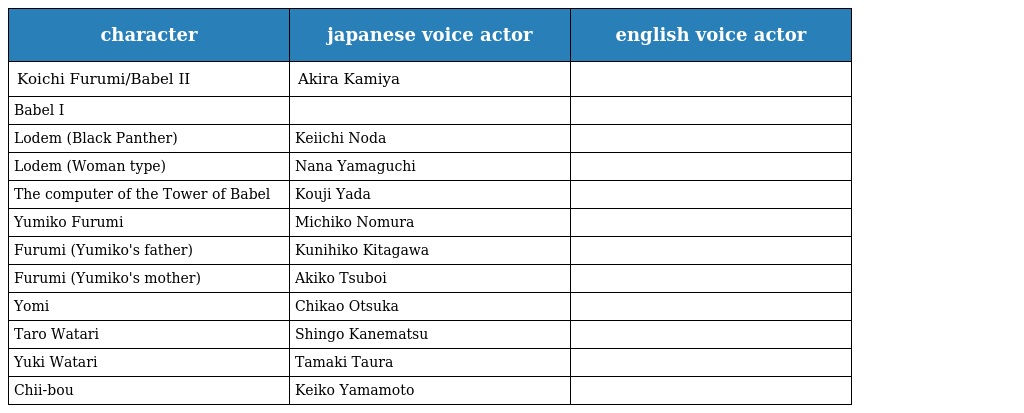
| character | japanese voice actor | english voice actor |
 | --- | --- | --- |
 | Koichi Furumi/Babel II | Akira Kamiya |  |
 | Babel I |  |  |
 | Lodem (Black Panther) | Keiichi Noda |  |
 | Lodem (Woman type) | Nana Yamaguchi |  |
 | The computer of the Tower of Babel | Kouji Yada |  |
 | Yumiko Furumi | Michiko Nomura |  |
 | Furumi (Yumiko's father) | Kunihiko Kitagawa |  |
 | Furumi (Yumiko's mother) | Akiko Tsuboi |  |
 | Yomi | Chikao Otsuka |  |
 | Taro Watari | Shingo Kanematsu |  |
 | Yuki Watari | Tamaki Taura |  |
 | Chii-bou | Keiko Yamamoto |  |